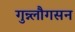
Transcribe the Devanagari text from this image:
गुन्न्लौगसन